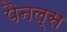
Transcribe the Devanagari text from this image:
पैनल्स